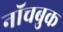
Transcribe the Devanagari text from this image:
नॉचबुक